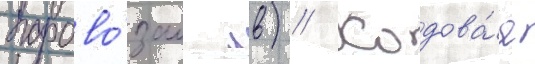
парово́зам лв) // Ходова́я